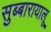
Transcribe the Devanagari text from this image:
सुब्बारायालू